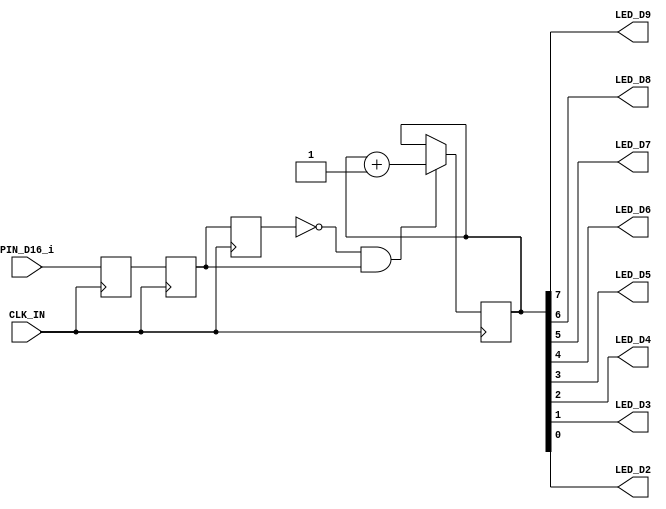
/** measures a value on PIN D16
 * and counts up each time a "posedge" is detected.
 * 
 * the input value must be between 0 and 3.3V to be
 * detected.
 * 
 * the implementation of the detection is independant
 * of the input frequency. it is able to detect very slow
 * and very fast changes equally.
 *
 * Uses a register to detect posedge!
 *
 * This design allows to be run at 209 MHz.
 */
module top (
		output LED_D9,
		output LED_D8,
		output LED_D7,
		output LED_D6,
		output LED_D5,
		output LED_D4,
		output LED_D3,
		output LED_D2,
		
		input PIN_D16_i,
		
		input CLK_IN
		);
	
	reg input_latch_unstable = 0;
	reg input_latch_next = 0;
	reg input_latch_last = 0;
	
	reg [15:0] led_counter = 0;

	always @ (posedge CLK_IN) begin
		input_latch_unstable <= PIN_D16_i;	// metastable
		input_latch_next <= input_latch_unstable;	// stable
		input_latch_last <= input_latch_next;		// last value
		
		if (!input_latch_last && input_latch_next) begin
			// posedge
			led_counter <= led_counter + 1;
		end
	end

	assign { LED_D9, LED_D8, LED_D7, LED_D6, LED_D5, LED_D4, LED_D3, LED_D2 } = led_counter[7:0];

endmodule